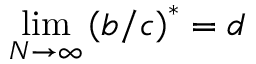
\operatorname* { l i m } _ { N \rightarrow \infty } \left( b / c \right) ^ { \ast } = d